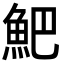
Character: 䰾